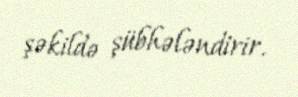
şəkildə şübhələndirir.